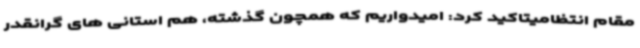
مقام انتظامیتاکید کرد: امیدواریم که همچون گذشته، هم استانی های گرانقدر